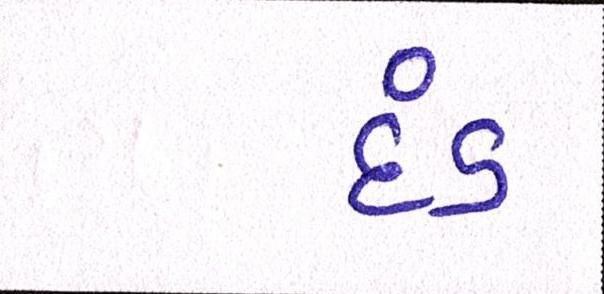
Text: દંડ